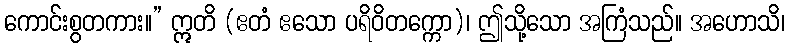
ကောင်းစွတကား။” ဣတိ (ဧတံ ဧသော ပရိဝိတက္ကော)၊ ဤသို့သော အကြံသည်။ အဟောသိ၊